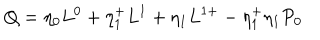
LaTeX: Q = \eta _ { 0 } L ^ { 0 } + \eta _ { 1 } ^ { + } L ^ { 1 } + \eta _ { 1 } L ^ { 1 + } - \eta _ { 1 } ^ { + } \eta _ { 1 } { \cal { P } } _ { 0 }